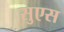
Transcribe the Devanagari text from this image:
सुएस